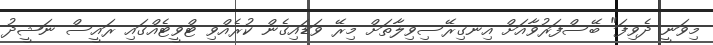
މިވަނީ ދެވިފަ" ބޭސްފަރުވާއަށް އިނގިރޭސިވިލާތަށް މިރޭ ވަޑައިގެން ކުރެއްވި ޓްވީޓެއްގައި ރައީސް ނަޝީދު